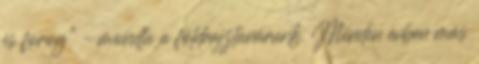
és forog” – mondta a földrajztanárunk. Minden évben más